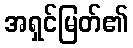
အရှင်မြတ်၏